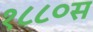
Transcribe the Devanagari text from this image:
१८८०स